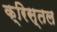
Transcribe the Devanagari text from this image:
क्रिस्तल